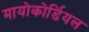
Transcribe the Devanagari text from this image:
मायोकोर्डियल